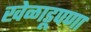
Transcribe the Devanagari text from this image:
खेळाडूपणा